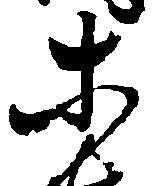
等